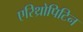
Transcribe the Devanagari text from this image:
एरिथ्रोपिटिन